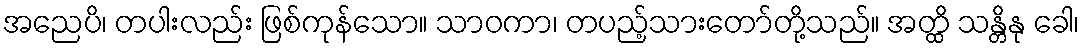
အညေပိ၊ တပါးလည်း ဖြစ်ကုန်သော။ သာဝကာ၊ တပည့်သားတော်တို့သည်။ အတ္ထိ သန္တိနု ခေါ၊